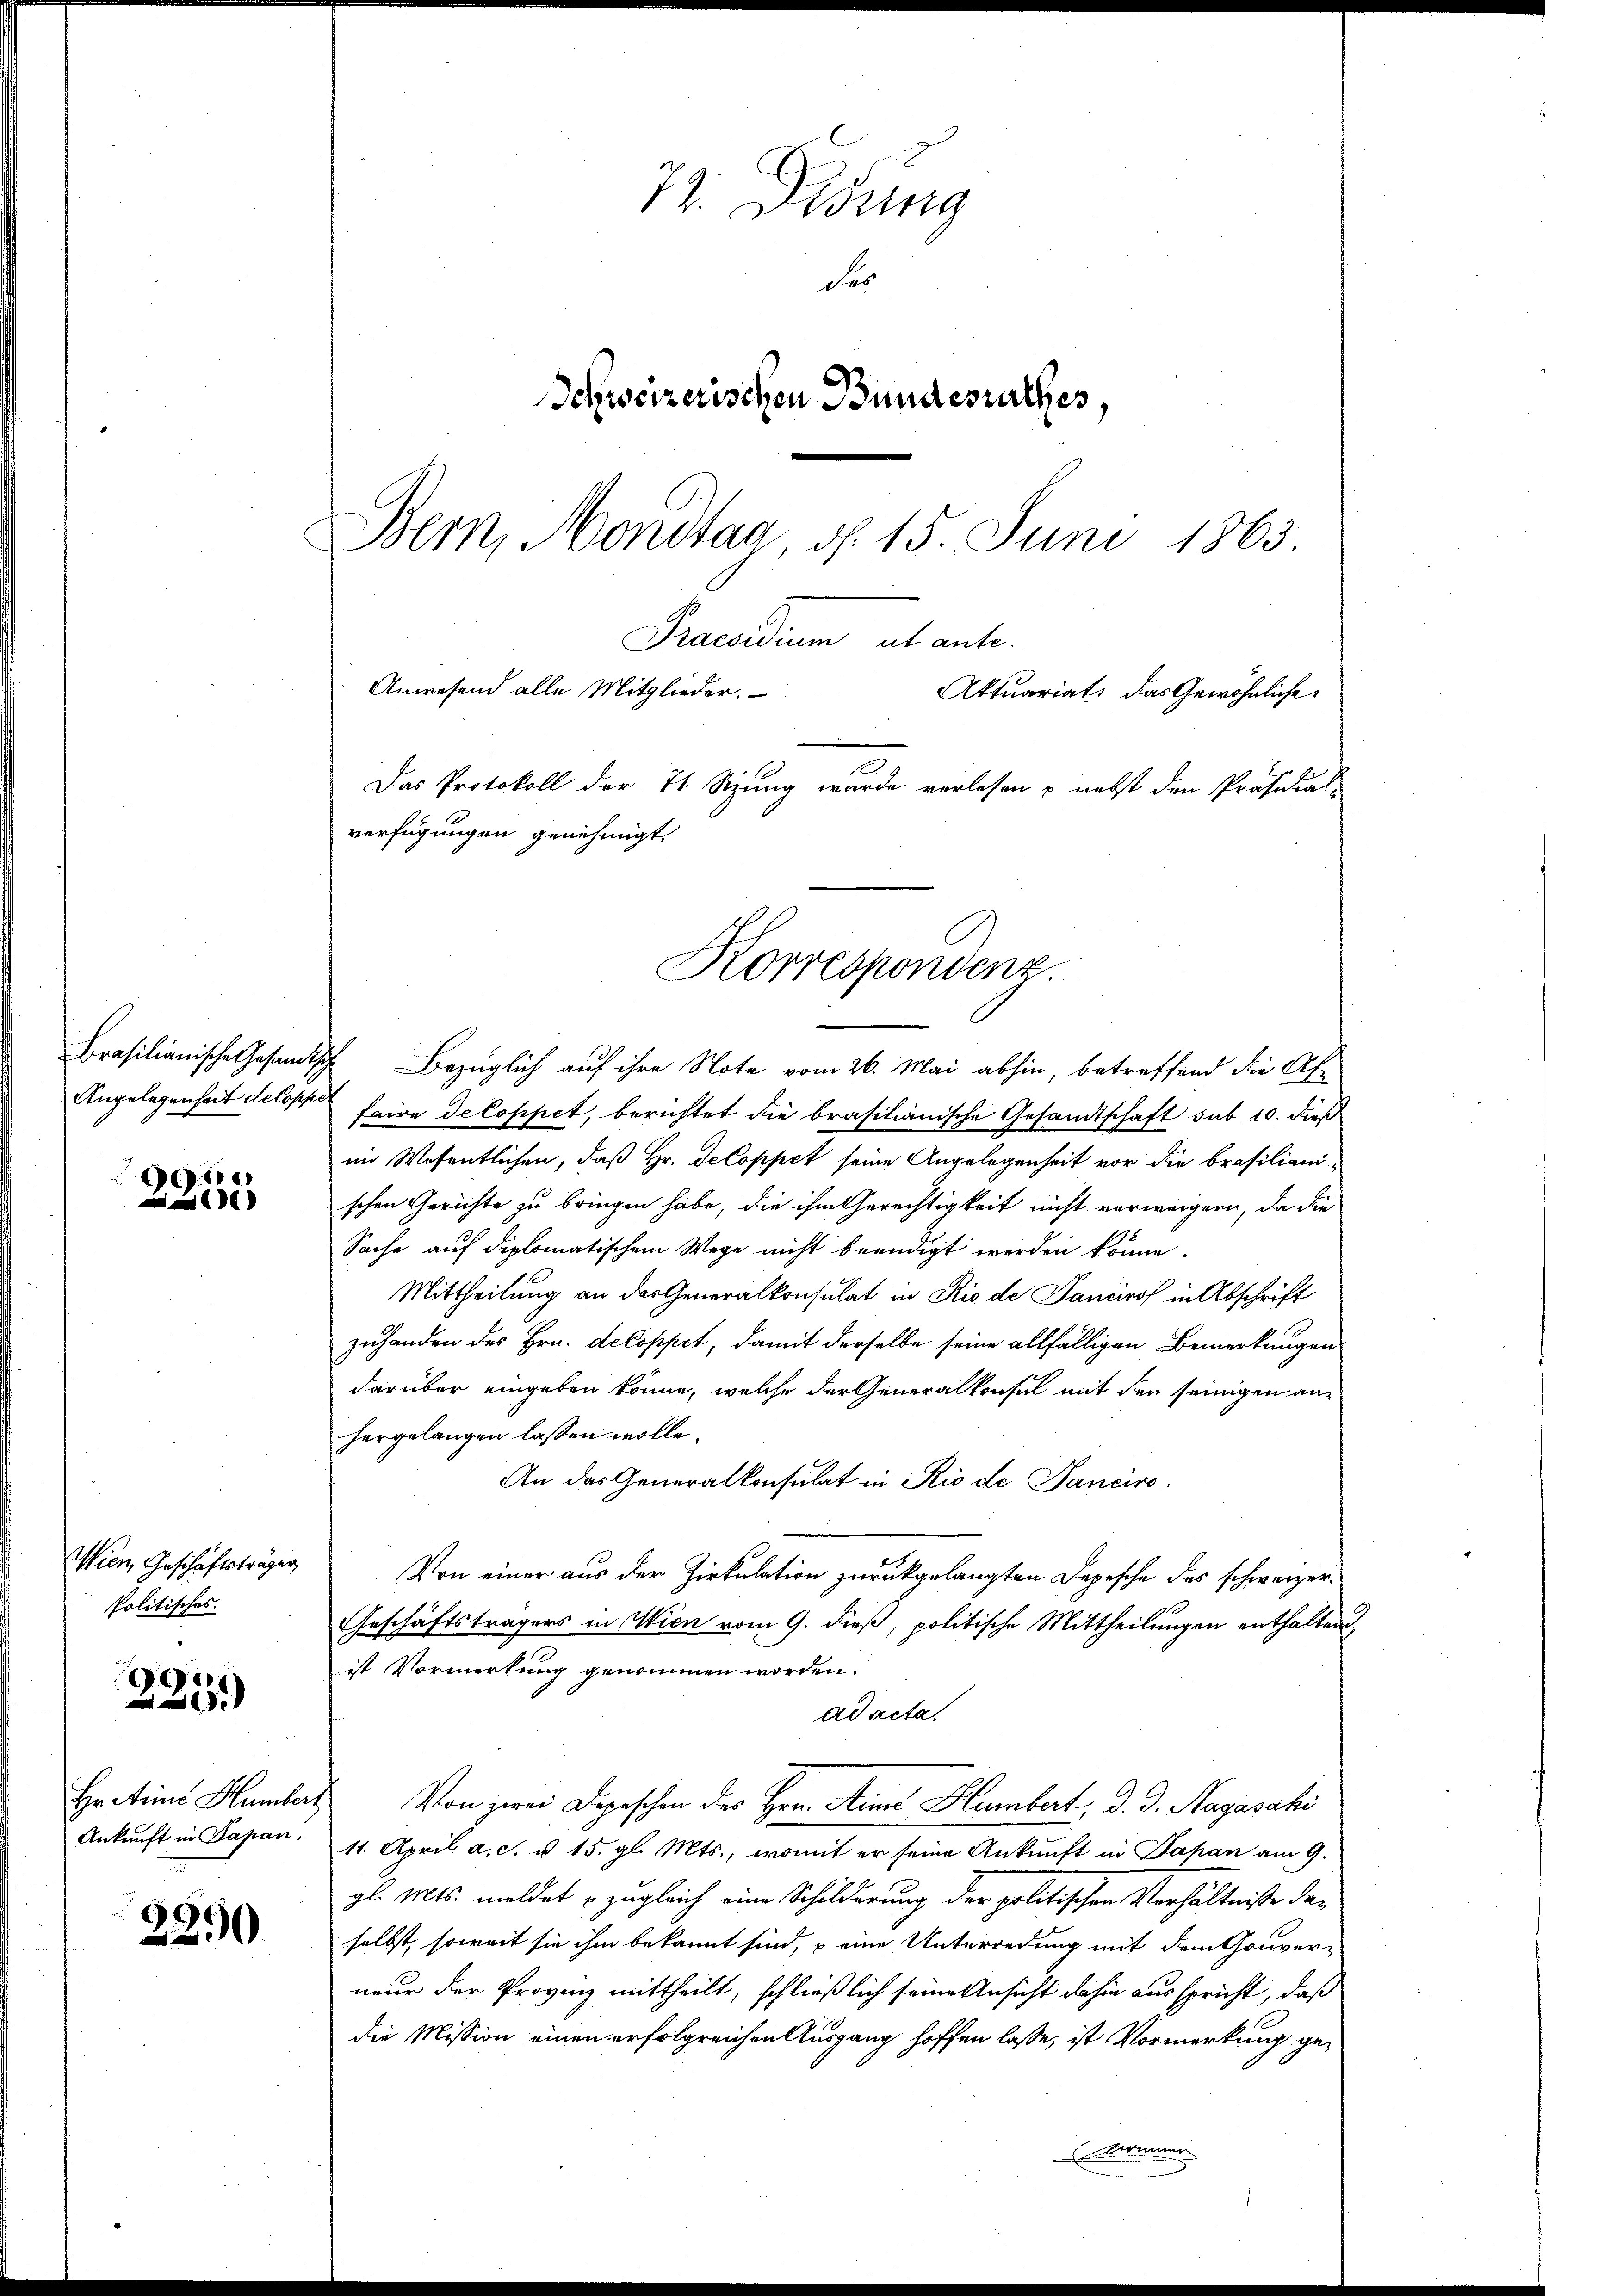
Gede
0

Wien, Geschäftsträger,
Politisches.

ge
.

Hr. Ainie Humber.
Ankunft in Papan.

2290

72. Didung
des
Schweizerischen Bundesrathes,
Bern, Mondtag d. 15. Juni 1863.

Anwesend alle Mitglieder.
Aktuariat, das Gewöhnliche
Das Protokoll der 71. Sitzung wurde verlesen & nebst den Präsidial-
verfügungen genehmigt.

Brasilianische Gesandtsche Bezüglich auf ihre Note vom 26. Mai abhin, betreffend die Ab-
Angelegenheit delopp faire Decoppet, berichtet die brasilianische Gesandtschaft sub 10. dieß
im Wesentlichen, daß Hr. Decoppet seine Angelegenheit vor die brasiliani-
schen Gerichte zu bringen habe, die ihm Gerechtigkeit nicht verweigern, da die
Sache auf diplomatischem Wege nicht beendigt werden könne.
Mittheilung an das Generalkonsulat in Rio de Sanciros in Abschrift
zuhanden des Hrn. decoppet, damit derselbe seine allfälligen Bemerkungen
darüber eingeben könne, welche der Generalkonsul mit den seinigen anhergelangen lassen wolle.
An das Generalkonsulat in Rio de Panciro
Von einer aus der Zirkulation zurückgelangten Depesche des schweizer¬
Geschäftsträgers in Wien vom 9. dieß, politische Mittheilungen enthalten,
ist Vormerkung genommen worden.
ad acta.
 Von zwei Depeschen des Hrn. Sine Humbert, d. J. Nagasahi
11. April a. c. u. 15. gl. Mts., womit er seine Ankunft in Papan am 9.
gl. Mts. meldet zugleich eine Schilderung der politischen Verhältniße daselbst, soweit sie ihm bekannt sind, u eine Unterredung mit dem Gouver-
neur der Provinz mittheilt, schließlich seine Ansicht dahin ausspricht, daß
die Mission einen erfolgreichen Ausgang hoffen lasse, ist Vormerkung geammen

Praesidium ab ante.

Korrespondenz.